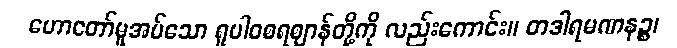
ဟောတော်မူအပ်သော ရူပါဝစရဈာန်တို့ကို လည်းကောင်း။ တဒါရမဏနဉ္စ၊